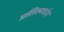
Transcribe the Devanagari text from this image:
प्रतिस्पर्धाए